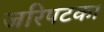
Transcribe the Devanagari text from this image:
जरिपटका